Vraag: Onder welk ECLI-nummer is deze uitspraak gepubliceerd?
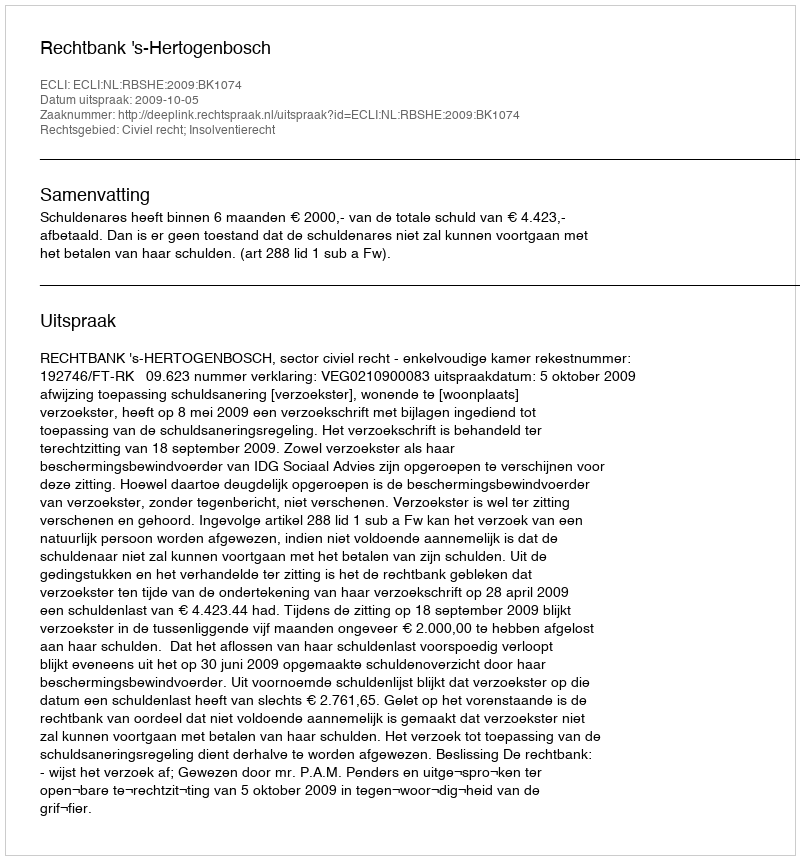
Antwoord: ECLI:NL:RBSHE:2009:BK1074